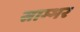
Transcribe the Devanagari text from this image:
साम्‍भर